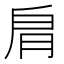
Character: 𦙪